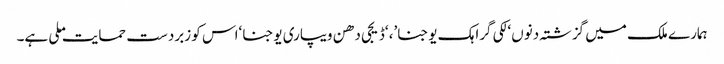
ہمارے ملک میں گزشتہ دنوں ‘لکی گراہک یوجنا’، ‘ڈیجی دھن ویپاری یوجنا ‘اس کو زبردست حمایت ملی ہے۔